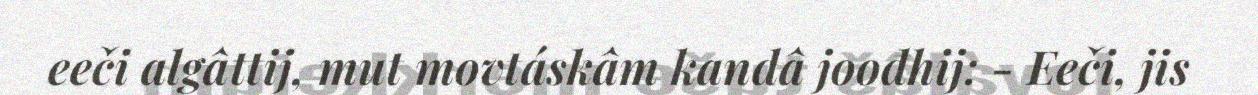
eeči algâttij, mut movtáskâm kandâ joođhij: - Eeči, jis